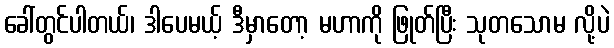
ခေါ်တွင်ပါတယ်၊ ဒါပေမယ့် ဒီမှာတော့ မဟာကို ဖြုတ်ပြီး သုတသောမ လို့ပဲ